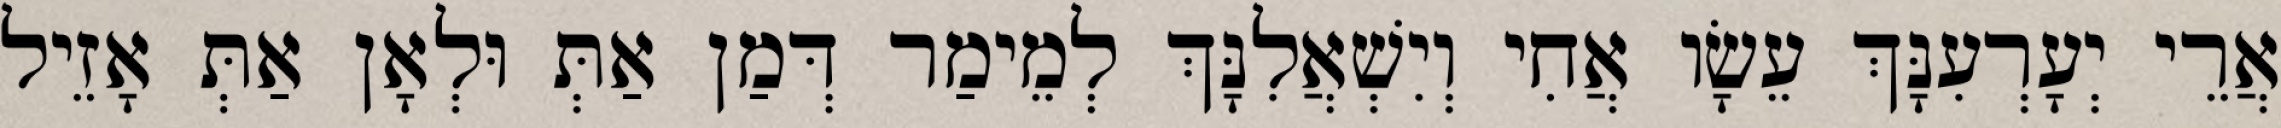
אֲרֵי יְעָרְעִנָּךְ עֵשָׂו אֲחִי וְיִשְׁאֲלִנָּךְ לְמֵימַר דְּמַן אַתְּ וּלְאָן אַתְּ אָזֵיל